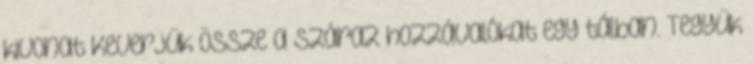
kivonat Keverjük össze a száraz hozzávalókat egy tálban. Tegyük